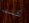
كنت